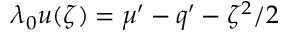
\lambda _ { 0 } u ( \zeta ) = \mu ^ { \prime } - q ^ { \prime } - \zeta ^ { 2 } / 2